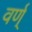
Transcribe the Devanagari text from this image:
वर्ण्